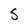
Character: S